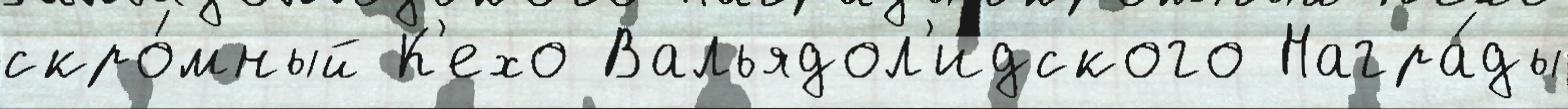
скро́мный К'ехо Вальядол'идского Награ́ды